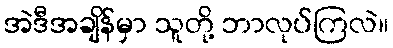
အဲဒီအချိန်မှာ သူတို့ ဘာလုပ်ကြလဲ။